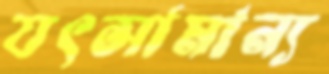
যৎসামান্য